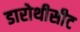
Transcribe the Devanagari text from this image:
डारोथीसीट